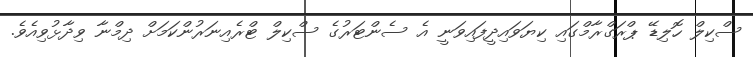
ސްކިލް ހޮލިޑޭ ޕްރަގްރާމްގައި ކިޔަވައިދީފައިވަނީ އެ ސެންޓަރުގެ ސްކިލް ޓްރެއިނަރުންކަމަށް ދިމްނާ ވިދާޅުވިއެވެ.